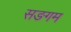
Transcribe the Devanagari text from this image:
सङगम